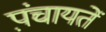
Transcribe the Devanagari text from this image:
प़ंचायतें